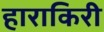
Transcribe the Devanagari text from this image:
हाराकिरी